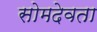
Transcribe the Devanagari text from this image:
सोमदेवता